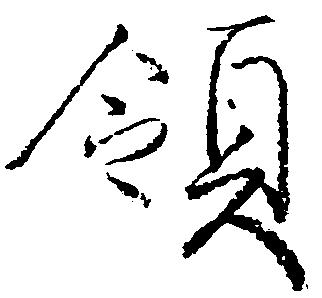
領